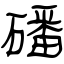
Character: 磻